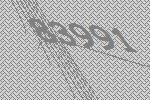
83991